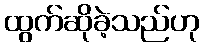
ထွက်ဆိုခဲ့သည်ဟု